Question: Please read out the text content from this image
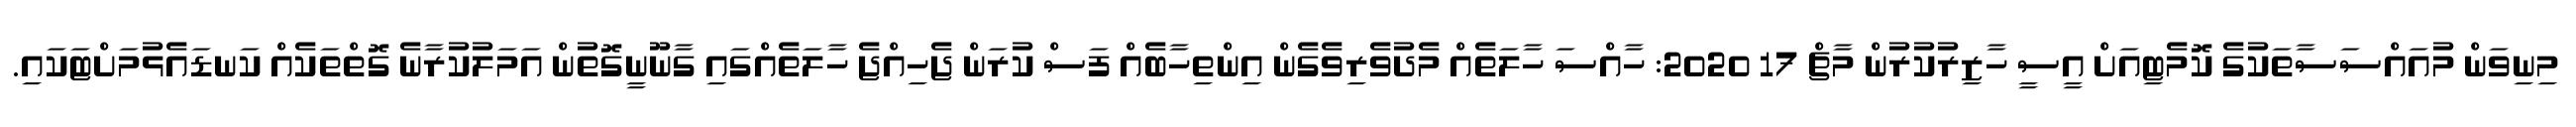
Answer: މިނިވަން މުއައްސަސާތަކުގެ ކޮމެޓިއަށް އީސީ ހާޒިރުކުރުން މާޗް 17 2020: ހާއްސަ ހާލަތެއް މެދުވެރިވެގެން އިންތިހާބެއް ފަސް ކުރަން ޖެހިއްޖެ ހާލަތެއްގައި ގާނޫނީގޮތުން އަމަލުކުރާނެ ގޮތްތަކެއް ކަނޑައެޅުމަށްޓަކައި.